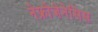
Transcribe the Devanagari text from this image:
नेफ्रोजेनेसिस